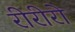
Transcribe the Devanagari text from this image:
रीरीरो